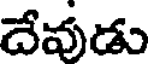
దేవుడు